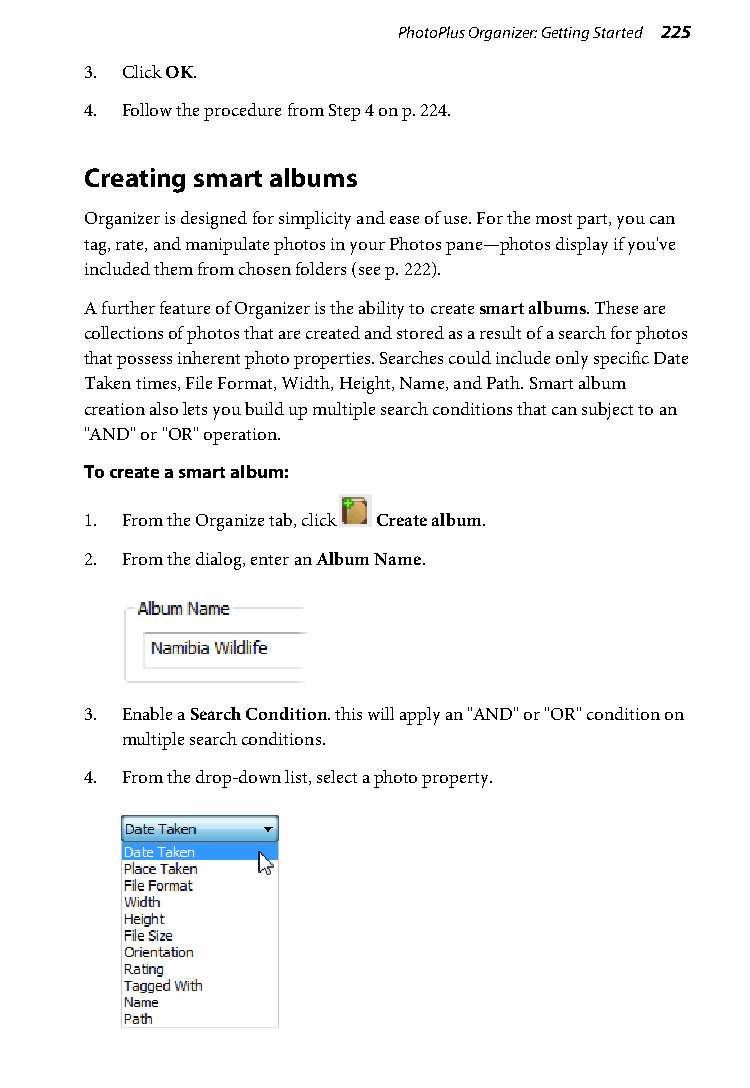
PhotoPlus Organizer: Getting Started 225
 3. Click OK.
 4. Follow the procedure from Step 4 on p. 224.
 Creating smart albums
 Organizer is designed for simplicity and ease of use. For the most part, you can
 tag, rate, and manipulate photos in your Photos pane—photos display if you've
 included them from chosen folders (see p. 222).
 A further feature of Organizer is the ability to create smart albums. These are
 collections of photos that are created and stored as a result of a search for photos
 that possess inherent photo properties. Searches could include only specific Date
 Taken times, File Format, Width, Height, Name, and Path. Smart album
 creation also lets you build up multiple search conditions that can subject to an
 "AND" or "OR" operation.
 To create a smart album:
 1. From the Organize tab, click Create album.
 2. From the dialog, enter an Album Name.
 3. Enable a Search Condition. this will apply an "AND" or "OR" condition on
 multiple search conditions.
 4. From the drop-down list, select a photo property.